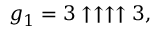
g _ { 1 } = 3 \uparrow \uparrow \uparrow \uparrow 3 ,